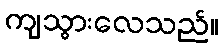
ကျသွားလေသည်။